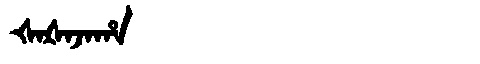
Manchu: ᡧᠠᡧᠠᠵᠠᡥᠠ
Romanization: ŠAŠAJAHA